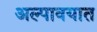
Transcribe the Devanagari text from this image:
अल्पावयात